Source: Handwritten
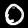
Digit: ၀ (0)